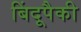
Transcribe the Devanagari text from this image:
बिंदूपैकी